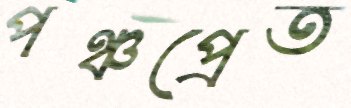
পঞ্চপ্রেত